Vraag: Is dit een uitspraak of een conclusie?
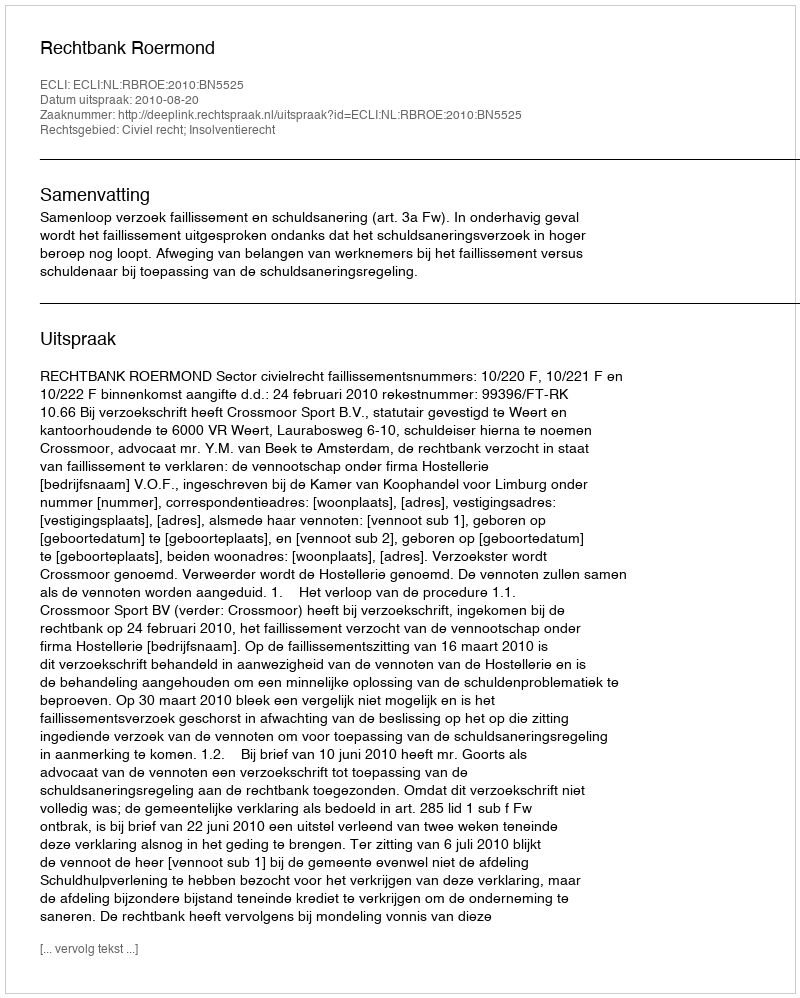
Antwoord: Uitspraak